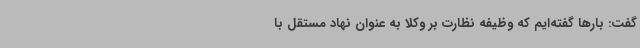
گفت: بارها گفته‌ایم که وظیفه نظارت بر وکلا به عنوان نهاد مستقل با